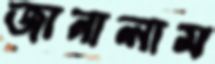
জানালাম